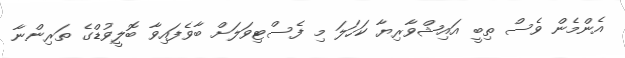
އެންމެން ވެސް ތިބީ އައިޝްވާރިޔާ ކަހަލަ މި ފެސްޓިވަލަށް ބާވެފައިވާ ބޮލީވުޑްގެ ތަރިންނާ